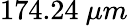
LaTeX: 174.24\ \mu m